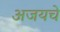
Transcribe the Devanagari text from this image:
अजयचे